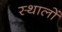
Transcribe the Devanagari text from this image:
स्थालों